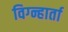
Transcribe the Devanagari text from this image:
विग्न्हार्ता